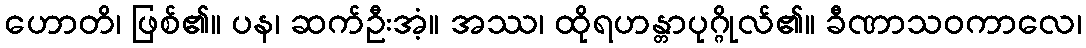
ဟောတိ၊ ဖြစ်၏။ ပန၊ ဆက်ဦးအံ့။ အဿ၊ ထိုရဟန္တာပုဂ္ဂိုလ်၏။ ခီဏာသဝကာလေ၊